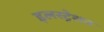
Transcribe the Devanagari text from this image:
इलस्ट्रेशन